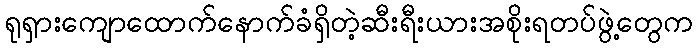
ရုရှားကျောထောက်နောက်ခံရှိတဲ့ဆီးရီးယားအစိုးရတပ်ဖွဲ့တွေက